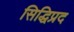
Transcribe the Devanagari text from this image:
सिद्धिप्रद